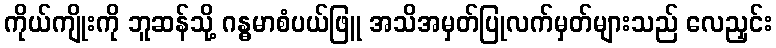
ကိုယ်ကျိုးကို ဘူဆန်သို့ ဂန္ဓမာစံပယ်ဖြူ အသိအမှတ်ပြုလက်မှတ်များသည် လေညှင်း